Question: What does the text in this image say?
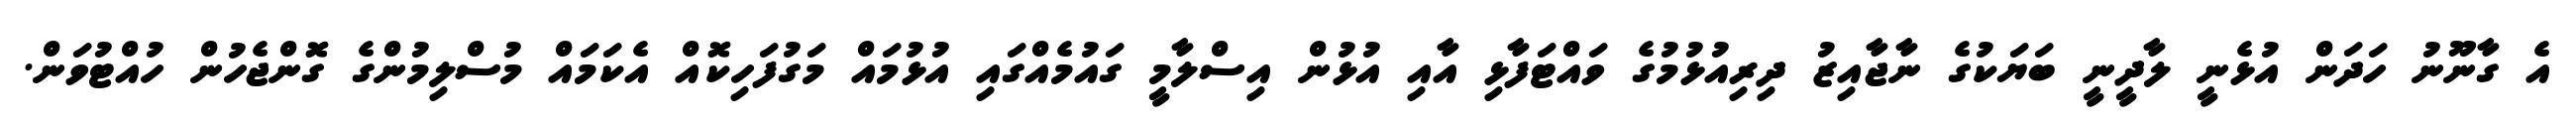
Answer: އެ ގާނޫނު ހަދަން އުޅެނީ ލާދީނީ ބަޔަކުގެ ނާޖާއިޒު ދިރިއުޅުމުގެ ވައްޓަފާޅި އާއި އުޅުން އިސްލާމީ ގައުމެއްގައި އުޅުމައް މަގުފަހިކޮއް އެކަމައް މުސްލިމުންގެ ގޮންޖެހުން ހުއްޓުވަން.